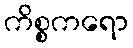
ကိစ္စကရော